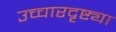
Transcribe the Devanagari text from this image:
उच्चारदृष्ट्या